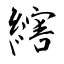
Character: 縖